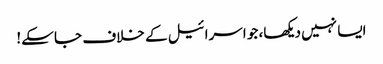
ایسا نہیں دیکھا، جو اسرائیل کے خلاف جا سکے!